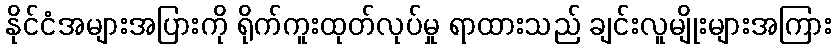
နိုင်ငံအများအပြားကို ရိုက်ကူးထုတ်လုပ်မှု ရာထားသည် ချင်းလူမျိုးများအကြား